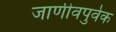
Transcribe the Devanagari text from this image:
जाणीवपुर्वक